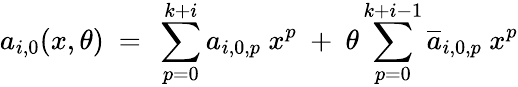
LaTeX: a_{i,0}(x,\theta)\ =\ \sum_{p=0}^{k+i}a_{i,0,p}\ x^{p}\ +\ \theta\sum_{p=0}^{k+i-1}\overline{{{a}}}_{i,0,p}\ x^{p}